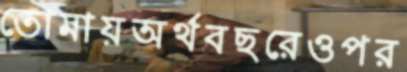
তোমায়অর্থবছরেওপর